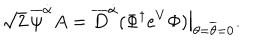
\sqrt { 2 } \, \overline { { \psi } } ^ { \dot { \alpha } } A = \overline { { D } } ^ { \dot { \alpha } } ( \Phi ^ { \dagger } e ^ { V } \Phi ) \bigr | _ { \theta = \overline { { \theta } } = 0 } .